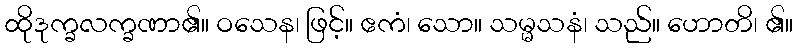
ထိုဒုက္ခလက္ခဏာ၏။ ဝသေန၊ ဖြင့်။ ဧကံ၊ သော။ သမ္မသနံ၊ သည်။ ဟောတိ၊ ၏။